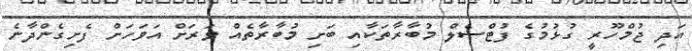
އަދި ޖުމްހޫރީ ގުޅުމުގެ ފުޓްސެލް މުބާރާތަކާއި ބަށި މުބާރާތެއް ވަރަށް އަވަހަށް ފެށިގެންދާނެ